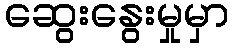
ဆွေးနွေးမှုမှာ